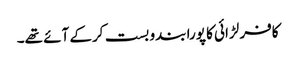
کافر لڑائی کا پورا بندو بست کرکے آئے تھے۔